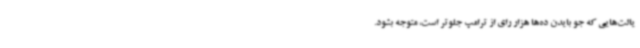
یالت‌هایی که جو بایدن ده‌ها هزار رای از ترامپ جلوتر است، متوجه بشود.